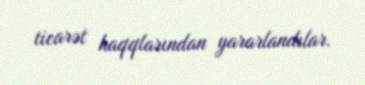
ticarət haqqlarından yararlandılar.